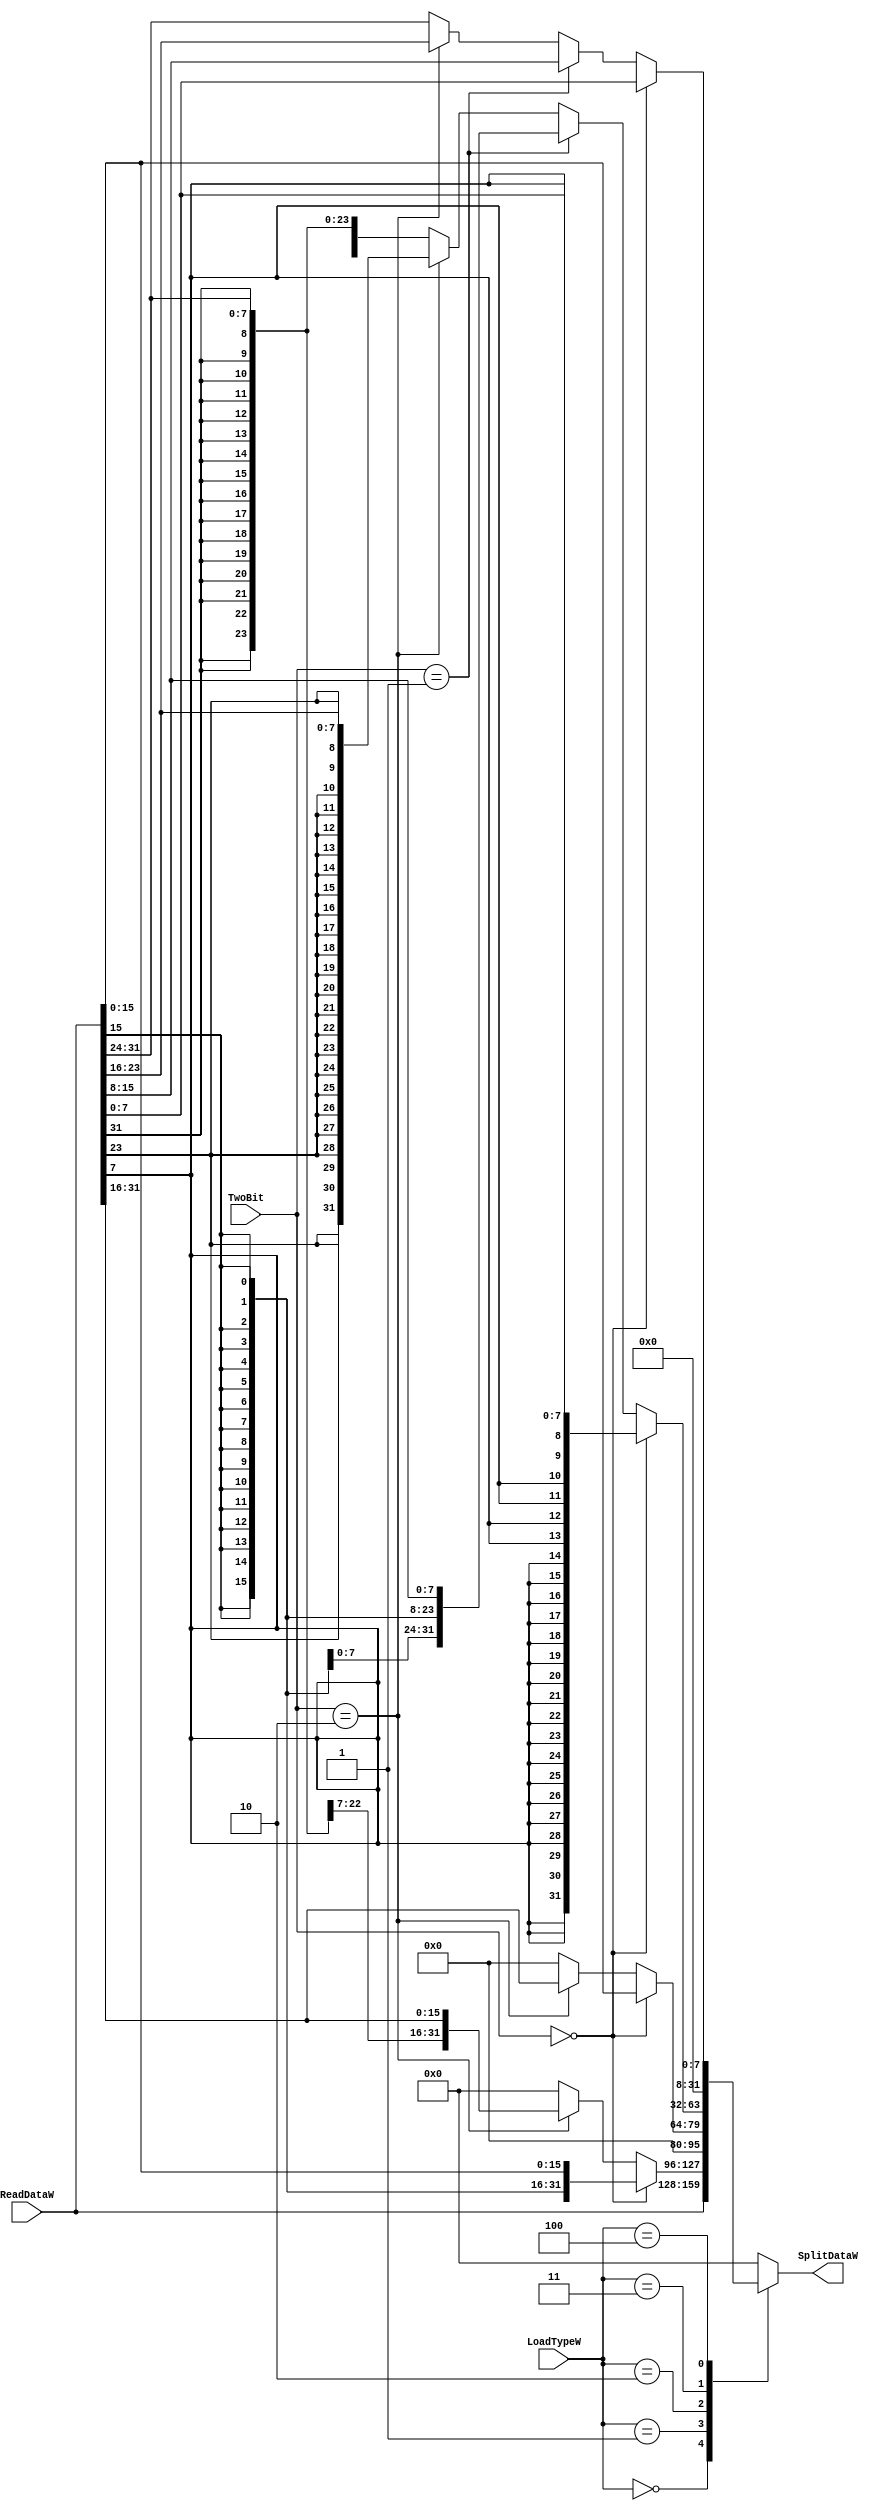
`timescale 1ns / 1ps
module SplitWord(
	input [31:0]ReadDataW,
	input [2:0]LoadTypeW,
	input [1:0]TwoBit,
	output reg [31:0]SplitDataW
    );

	always@(*)begin
		SplitDataW=0;
		case(LoadTypeW)
			0:SplitDataW=ReadDataW;
			1:
			begin
				if(TwoBit==0)
					SplitDataW=$signed(ReadDataW[15:0]);
				else if(TwoBit==2)
					SplitDataW=$signed(ReadDataW[31:16]);
			end
			2:
			begin
				if(TwoBit==0)
					SplitDataW=ReadDataW[15:0];
				else if(TwoBit==2)
					SplitDataW=ReadDataW[31:16];
			end
			3:
			begin
				if(TwoBit==0)
					SplitDataW=$signed(ReadDataW[7:0]);
				else if(TwoBit==1)
					SplitDataW=$signed(ReadDataW[15:8]);
				else if(TwoBit==2)
					SplitDataW=$signed(ReadDataW[23:16]);
				else
					SplitDataW=$signed(ReadDataW[31:24]);
			end
			4:
			begin
				if(TwoBit==0)
					SplitDataW=ReadDataW[7:0];
				else if(TwoBit==1)
					SplitDataW=ReadDataW[15:8];
				else if(TwoBit==2)
					SplitDataW=ReadDataW[23:16];
				else
					SplitDataW=ReadDataW[31:24];
			end
		endcase
	end

endmodule